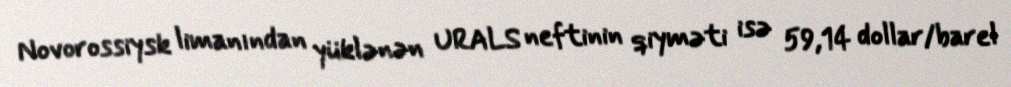
Novorossiysk limanından yüklənən URALS neftinin qiyməti isə 59,14 dollar/barel